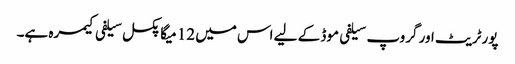
پورٹریٹ اور گروپ سیلفی موڈ کے لیے اس میں 12 میگا پکسل سیلفی کیمرہ ہے۔